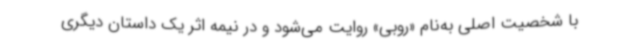
با شخصیت اصلی به‌نام «روبی» روایت می‌شود و در نیمه اثر یک داستان دیگری